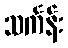
သင်္ကန်း